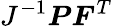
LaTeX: J^{-1}{\boldsymbol{P}}{\boldsymbol{F}}^{T}